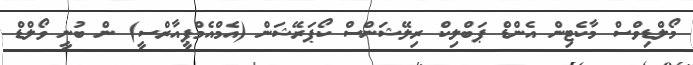
މޯލްޑިވްސް މާކެޓިން އެންޑް ޕަބްލިކް ރިލޭޝަންސް ކޯޕަރޭޝަން (އެމްއެމްޕީއާރްސީ) ން ބުނީ ވޯލްޑް